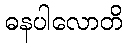
ဓနပါလောတိ